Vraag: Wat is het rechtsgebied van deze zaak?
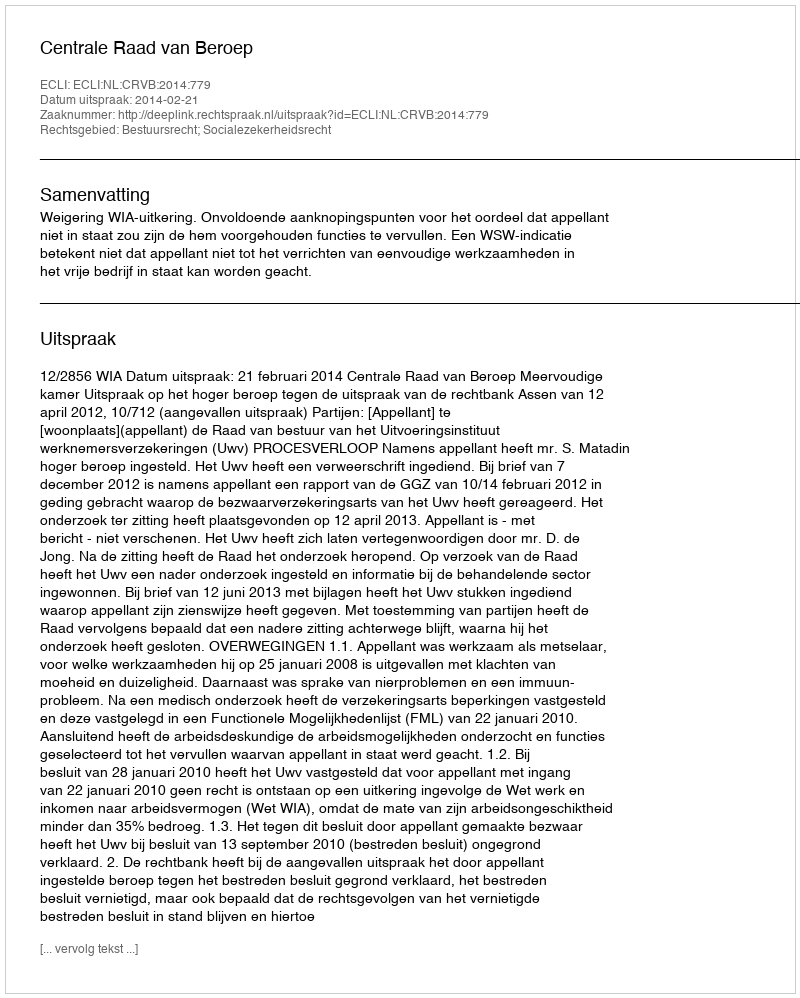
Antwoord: Bestuursrecht; Socialezekerheidsrecht